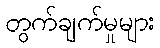
တွက်ချက်မှုများ